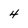
Character: 4